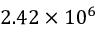
2 . 4 2 \times 1 0 ^ { 6 }